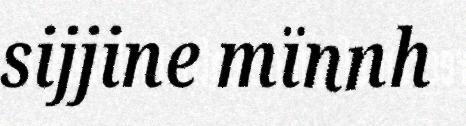
sijjine mïnnh